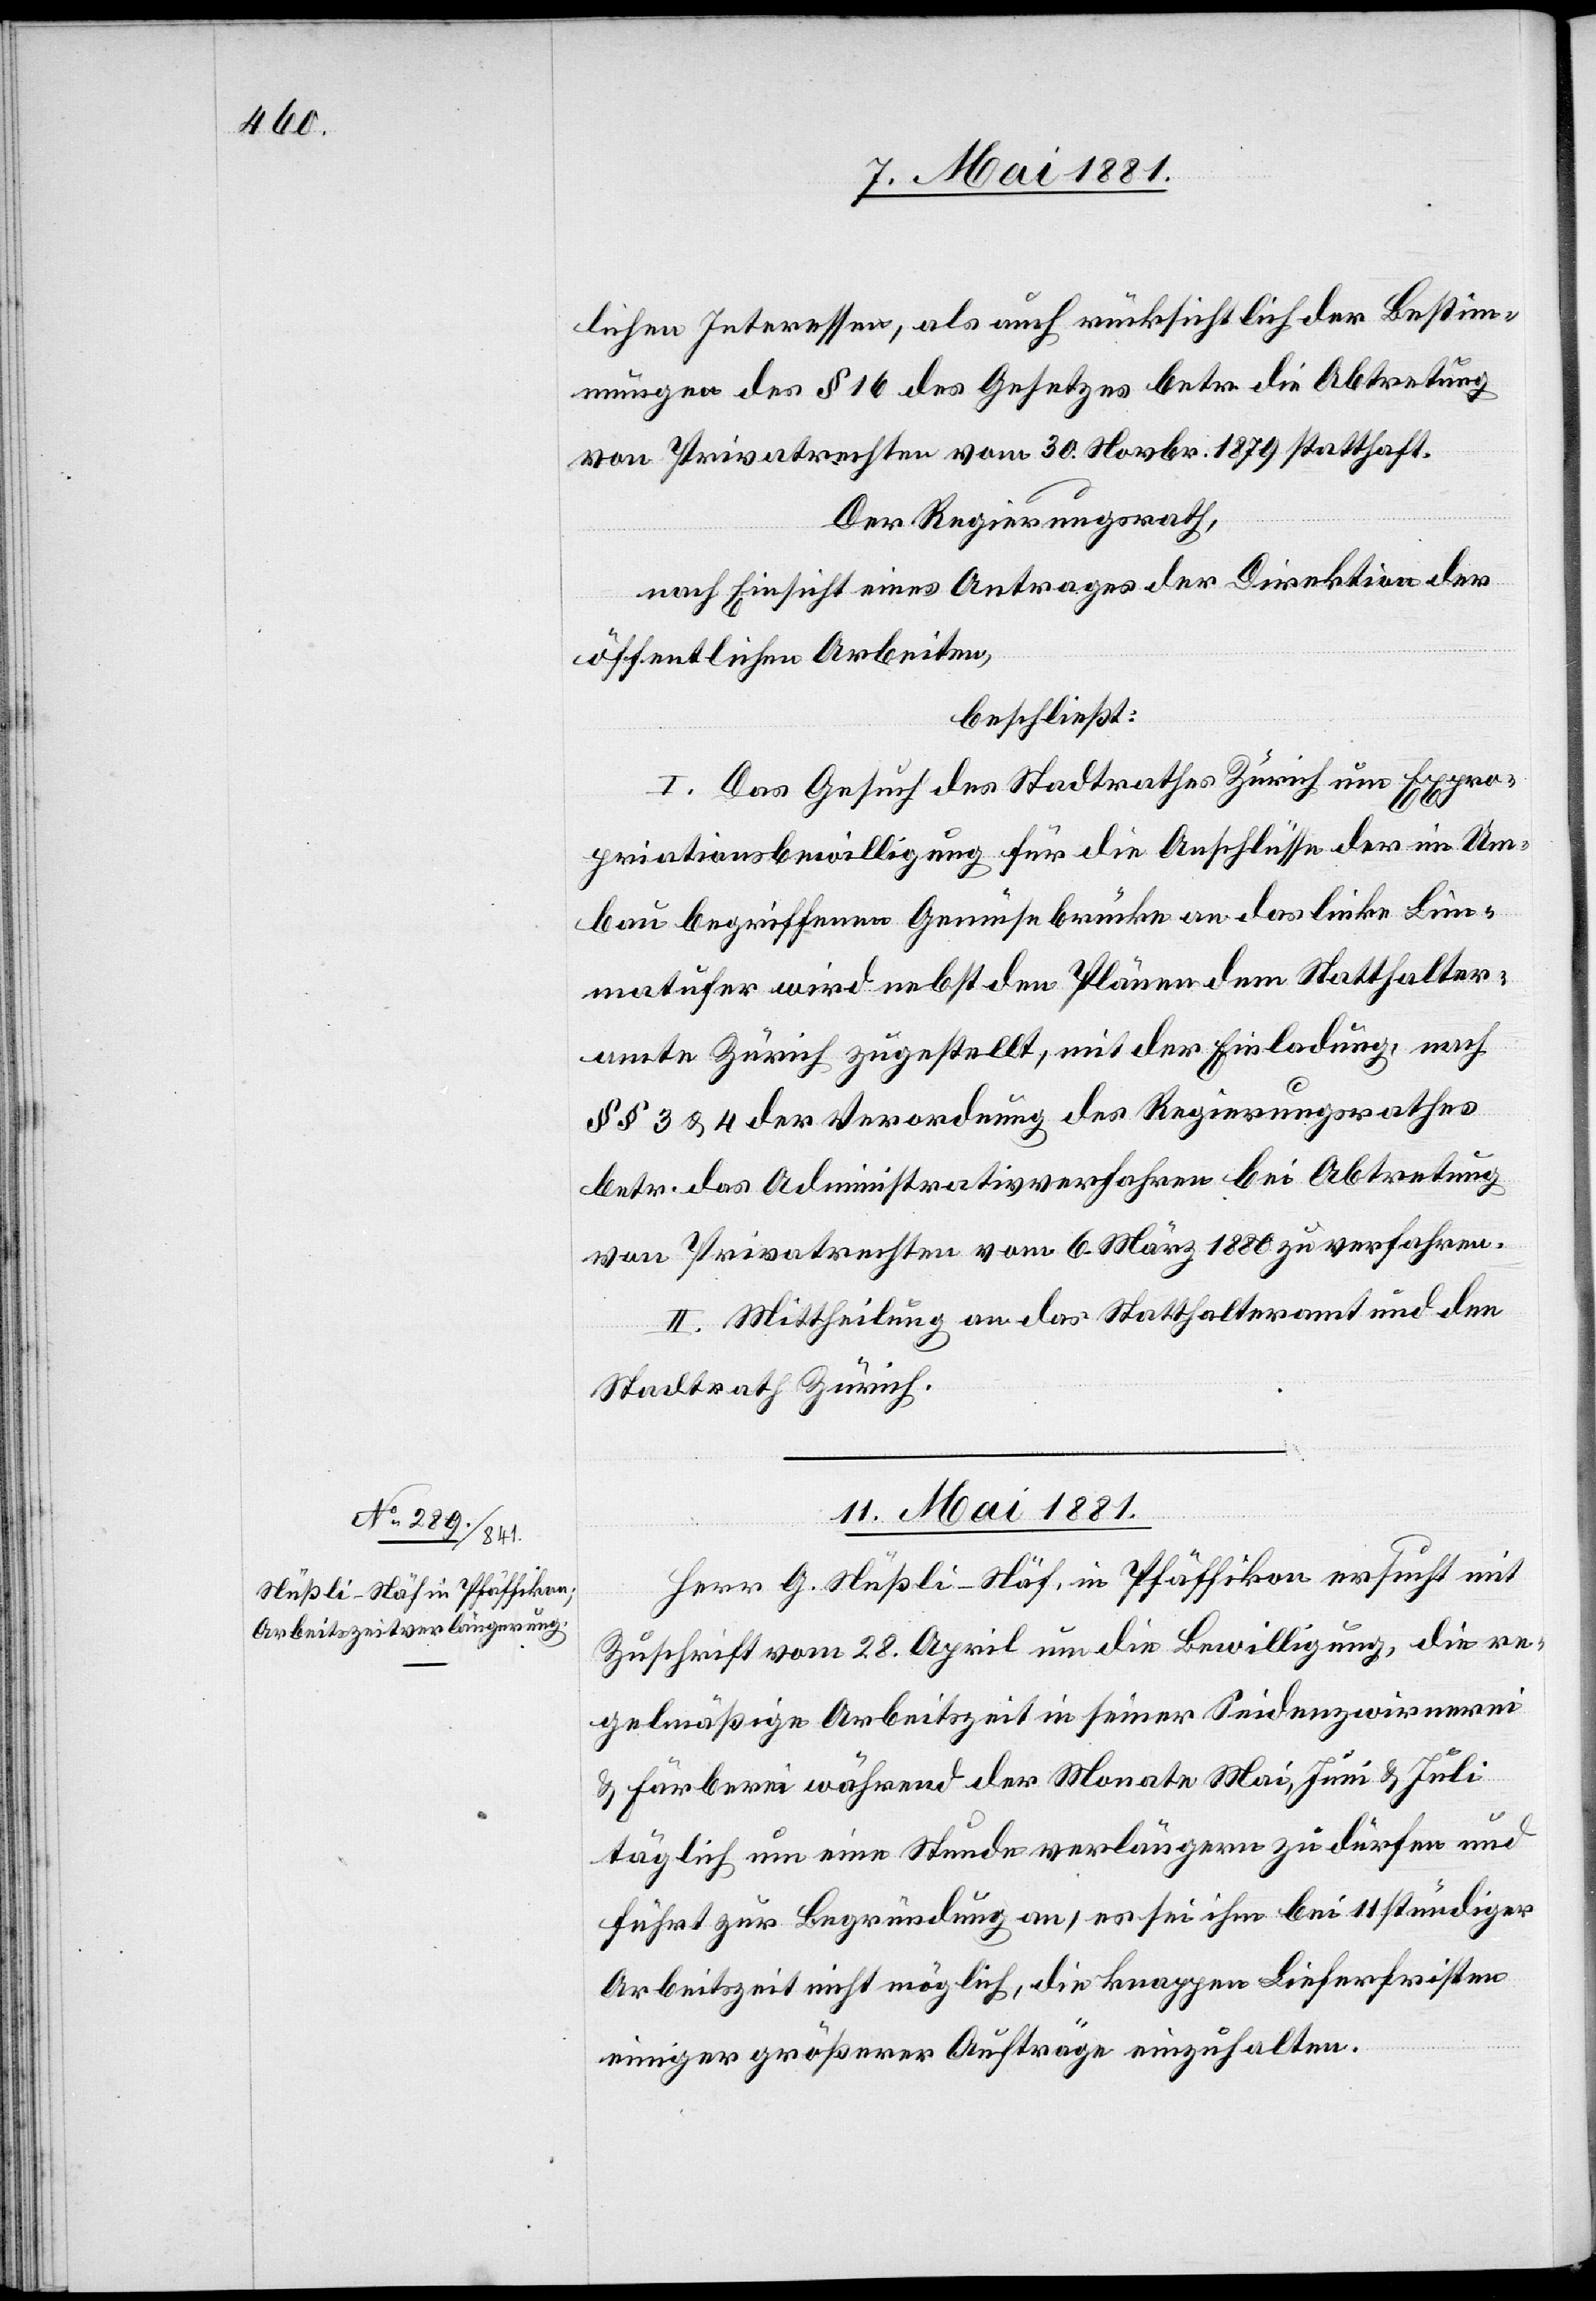
lichen Interessen, als auch rücksichtlich der Bestim¬
mungen des § 16 des Gesetzes betr. die Abtretung
von Privatrechten vom 30. Novbr. 1879 statthaft.
Der Regierungsrath,
nach Einsicht eines Antrages der Direktion der
öffentlichen Arbeiten,
beschließt:
I. Das Gesuch des Stadtrathes Zürich um Expro¬
priationsbewilligung für die Anschlüsse der im Um¬
bau begriffenen Gemüsebrücke an das linke Lim¬
matufer wird nebst den Plänen dem Statthalter¬
amte Zürich zugestellt, mit der Einladung, nach
§§ 3 & 4 der Verordnung des Regierungsrathes
betr. das Administrativverfahren bei Abtretung
von Privatrechten vom 6. März 1880 zu verfahren.
II. Mittheilung an das Statthalteramt und den
Stadtrath Zürich.
11. Mai 1881.
Herr G. Nüßli-Näf, in Pfäffikon ersucht mit
Zuschrift vom 28. April um die Bewilligung, die re¬
gelmäßige Arbeitszeit in seiner Seidenzwirnerei
& Färberei während der Monate Mai, Juni & Juli
täglich um eine Stunde verlängern zu dürfen und
führt zur Begründung an, es sei ihm bei 11 stündiger
Arbeitszeit nicht möglich, die knappen Lieferfristen
einiger größerer Aufträge einzuhalten.